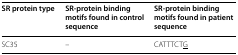
<table><thead><tr><td><b>SR protein type</b></td><td><b>SR-protein binding motifs found in control sequence</b></td><td><b>SR-protein binding motifs found in patient sequence</b></td></tr></thead><tbody><tr><td>SC35</td><td>–</td><td>CATTTCT<underline>G</underline></td></tr></tbody></table>